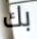
بك